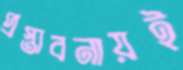
প্রস্তাবনায়ই